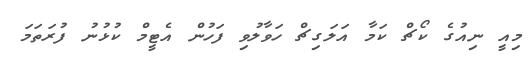
މިއީ ނިއުގެ ކޯޗް ކަމާ އަލަގިޗް ހަވާލުވި ފަހުން އެޓީމް ކުޅުނު ފުރަތަމަ